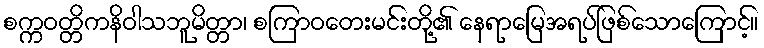
စက္ကဝတ္တိကနိဝါသဘူမိတ္တာ၊ စကြာဝတေးမင်းတို့၏ နေရာမြေအရပ်ဖြစ်သောကြောင့်။